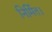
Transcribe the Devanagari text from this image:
निर्मित।